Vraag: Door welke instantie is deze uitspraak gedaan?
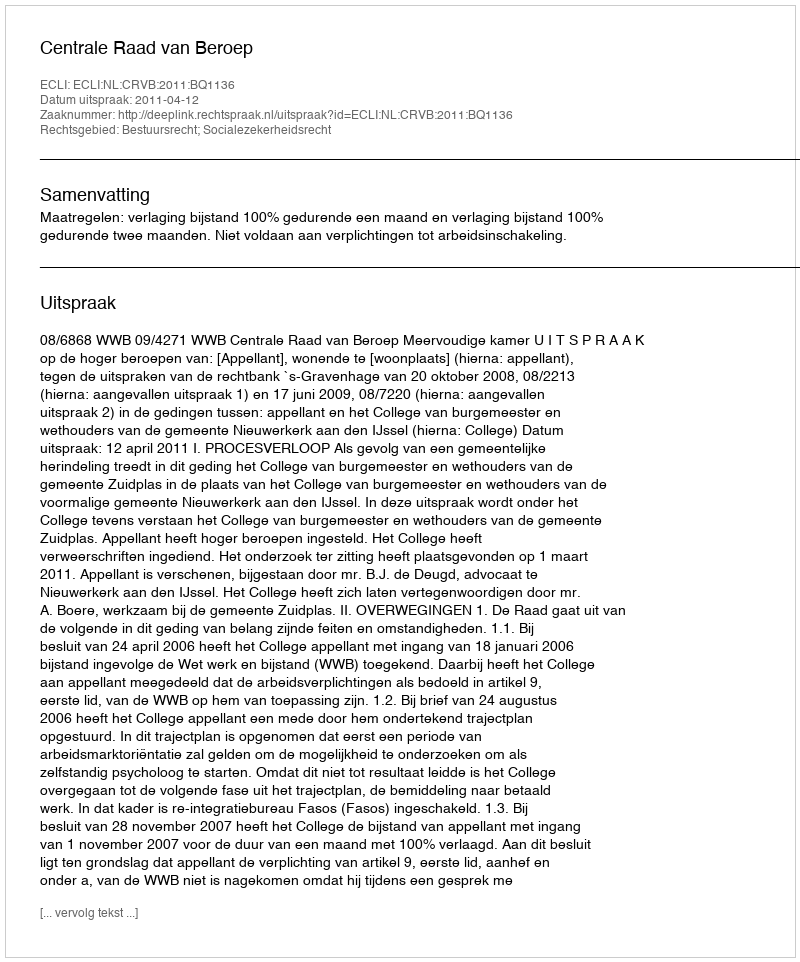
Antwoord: Centrale Raad van Beroep